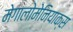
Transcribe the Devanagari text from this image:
मेगालोमेनियाक्स